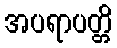
အပရာပတ္တိ